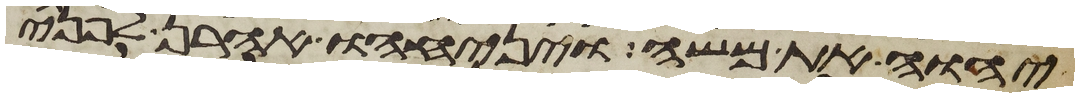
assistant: יהוה את משה ויניחהו אהרן לפני